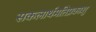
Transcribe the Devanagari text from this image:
सकलार्थमतिप्रकाशु